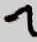
Text: 7